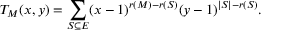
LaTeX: T _ { M } ( x , y ) = \sum _ { S \subseteq E } ( x - 1 ) ^ { r ( M ) - r ( S ) } ( y - 1 ) ^ { | S | - r ( S ) } .